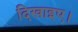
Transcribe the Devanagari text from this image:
दिखाइए।